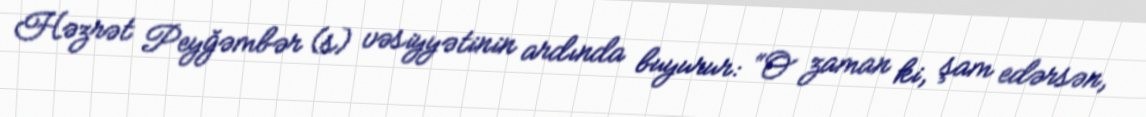
Həzrət Peyğəmbər (s) vəsiyyətinin ardında buyurur: “O zaman ki, şam edərsən,